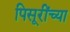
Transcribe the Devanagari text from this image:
पिसूरींच्या